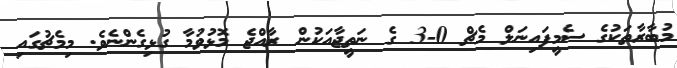
މުބާރާތަކުގެ ސެމީފައިނަލް މެޗް 0-3 ގެ ނަތީޖާއަކުން ރާއްޖެ މޮޅުވުމާ ގުޅިގެންނެވެ. މިމެޗުގައި